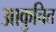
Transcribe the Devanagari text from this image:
आकुचित